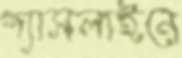
গ্যাসলাইনে